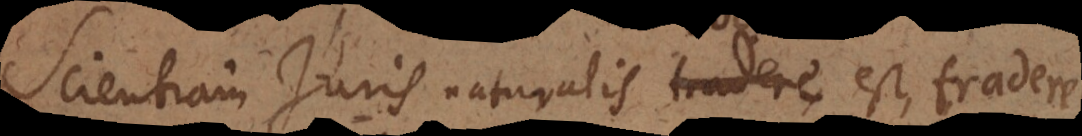
Scientiam Juris naturalis tradere est, tradere